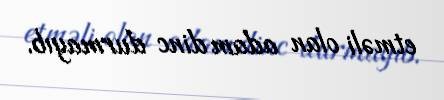
etməli olan adam dinc durmayıb.